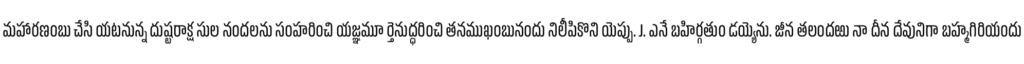
మహారణంబు చేసి యటనున్న దుష్టరాక్ష సుల నందలను సంహరించి యజ్ఞమూ ర్తెనుద్ధరించి తనముఖంబునందు నిలీపికొని యెప్పు. J. ఎనే బహిర్గతుం డయ్యెను. జీన తలందఱు నా దీన దేవునిగా బహ్మగిరియందు